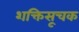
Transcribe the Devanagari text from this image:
शक्तिसूचक